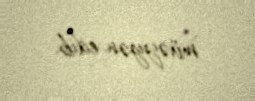
müəyyən edib.